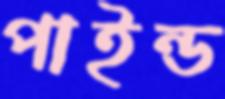
পাইন্ড